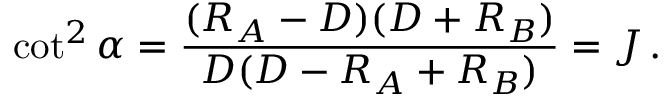
\cot ^ { 2 } \alpha = { \frac { ( R _ { A } - D ) ( D + R _ { B } ) } { D ( D - R _ { A } + R _ { B } ) } } = J \, .